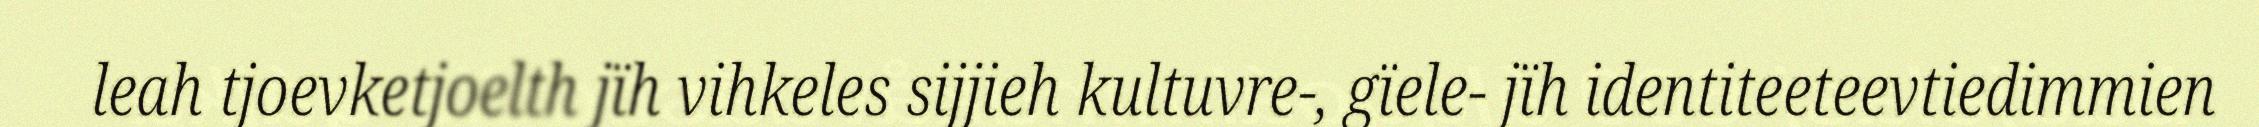
leah tjoevketjoelth jïh vihkeles sijjieh kultuvre-, gïele- jïh identiteeteevtiedimmien